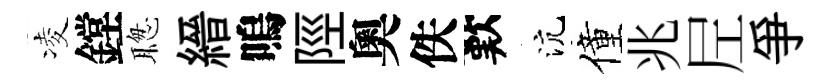
凌鏜聦縉嗚陘奧佚歎沆僮兆𡰱爭